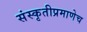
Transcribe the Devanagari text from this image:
संस्कृतीप्रमाणेच